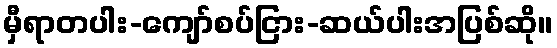
မှီရာတပါး-ကျော်စပ်ငြား-ဆယ်ပါးအပြစ်ဆို။